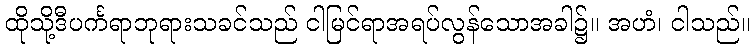
ထိုသို့ဒီပင်္ကရာဘုရားသခင်သည် ငါမြင်ရာအရပ်လွန်သောအခါ၌။ အဟံ၊ ငါသည်။